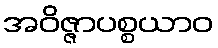
အဝိဇ္ဇာပစ္စယာဝ